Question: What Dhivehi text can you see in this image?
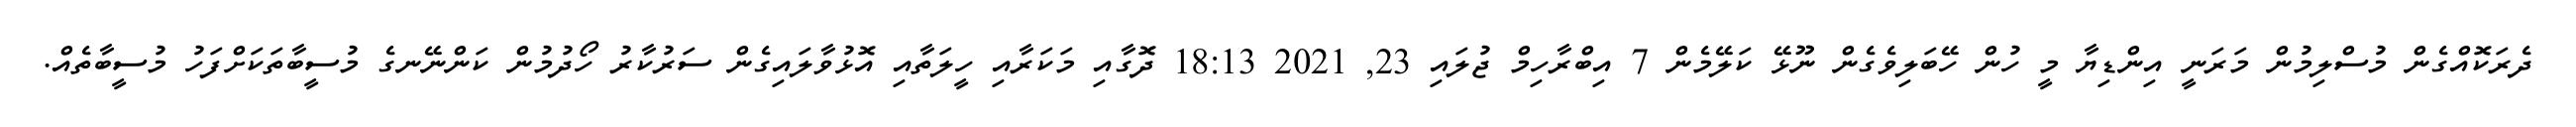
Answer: ދެރަކޮއްގެން މުސްލިމުން މަރަނީ އިންޑިޔާ މީ ހުން ހޭބަލިވެގެން ނޫޅޭ ކަލޭމެން 7 އިބްރާހިމް ޖުލައި 23, 2021 18:13 ދޮގާއި މަކަރާއި ހީލަތާއި އޮޅުވާލައިގެން ސަރުކާރު ހޯދުމުން ކަންނޭނގެ މުސީބާތަކަށްފަހު މުސީބާތެއް.